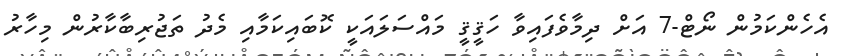
އެހެންކަމުން ނޯޓް-7 އަށް ދިމާވެފައިވާ ހަޤީޤީ މައްސަލައަކީ ކޮބައިކަމާއި މެދު ތަޖުރިބާކާރުން މިހާރު